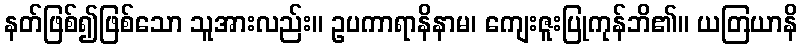
နတ်ဖြစ်၍ဖြစ်သော သူအားလည်း။ ဥပကာရာနိနာမ၊ ကျေးဇူးပြုကုန်ဘိ၏။ ယတြယာနိ